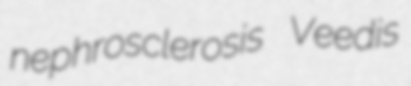
nephrosclerosis Veedis